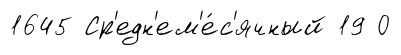
1645 Ср'едн'ем'е́с'ячный 19 0